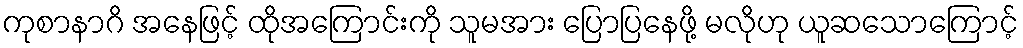
ကုစာနာဂိ အနေဖြင့် ထိုအကြောင်းကို သူမအား ပြောပြနေဖို့ မလိုဟု ယူဆသောကြောင့်